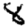
Digit: 8